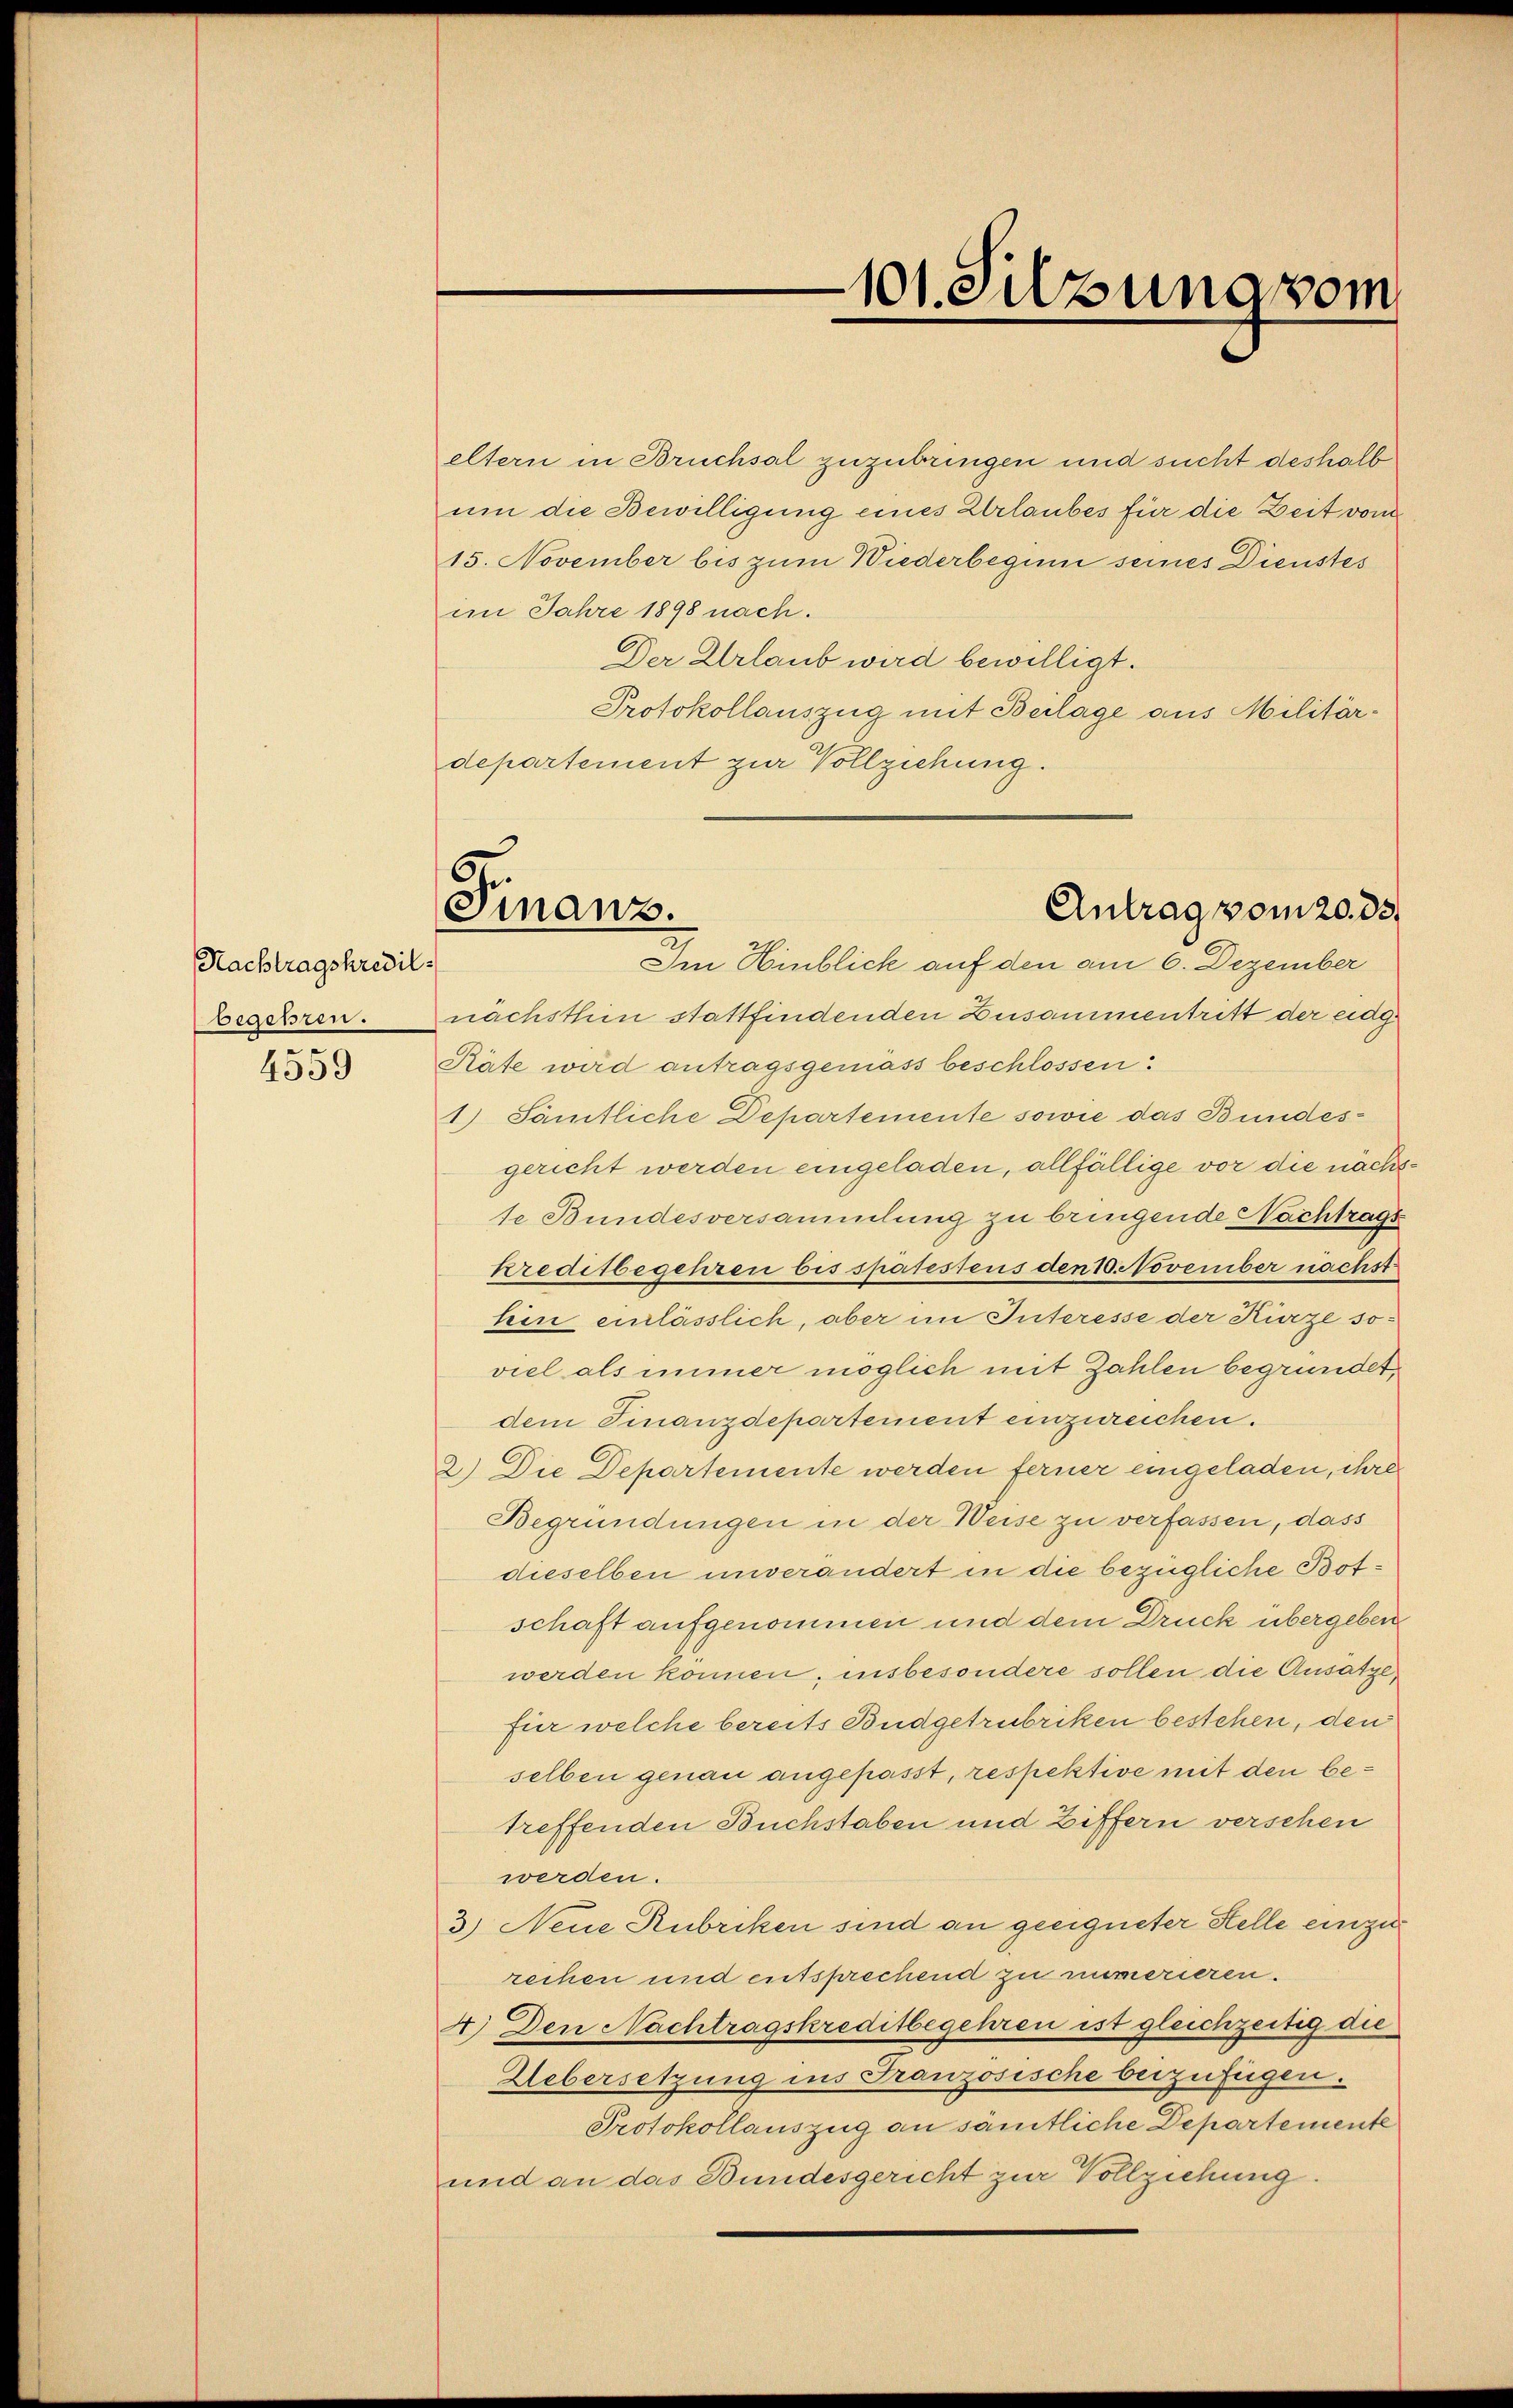
Nachtragskredil.
begehren.

4559

eltern in Bruchsal zuzubringen und sucht deshalb
um die Bewilligung eines Erlaubes für die Zeit vom
15. November bis zum Wiederbegum seines Dienstes
im Jahre 1898 nach.
Der Urlaub wird bewilligt.
Protokollauszug mit Beilage aus Militärdepartement zur Vollziehung.

Finanz.

101. edzung vom

Antrag vom 20. ds.

Im Hinblick auf den am 6. Dezember
nächsthin stattfindenden Zusammentritt der eidg
Räte wird antragsgemäss beschlossen:
1.) Sämtliche Departemente sowie das Bundesgericht werden eingeladen, allfällige vor die nächsse Bundesversammlung zu bringende Nachtrags
kreditbegehren bis spätestens den 10. November nächst
hin einlässlich, aber im Interesse der Kürze soviel als immer möglich mit Zahlen begründet,
dem Finanzdepartement einzureichen.
2.) Die Departemente werden ferner eingeladen, ihre
Begründungen in der Weise zu verfassen, dass
dieselben unverändert in die bezügliche Botschaft aufgenommen und dem Druck übergeben
werden können, insbesondere sollen die Ansatze,
für welche bereits Budgetrubriken bestehen, den
selben genau angepasst, respektive mit den betreffenden Buchstaben und Ziffern versehen
werden.
3.) Neue Rubriken sind an geeigneter Stelle einzu
rechen und entsprechend zu mimerieren.
4.) Den Nachtragskreditbegehren ist gleichzeitig die
Uebersetzung ins Französische beizufügen.
Protokollauszeig an sämtliche Departemente
und an das Bundesgericht zur Vollziehung.